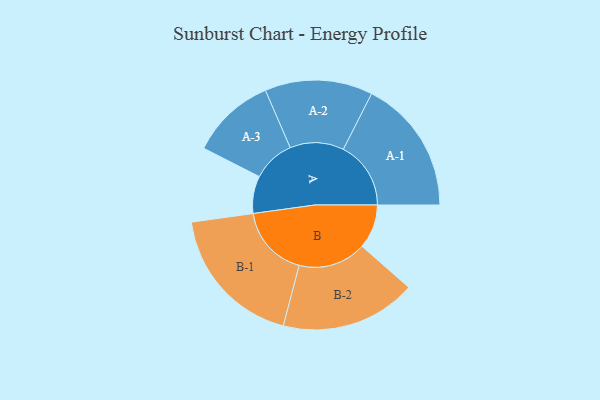
{"axis": {"x": "Segment", "y": "Value"}, "legend": ["", "A", "B"], "data": [{"x": "A", "y": 104, "type": ""}, {"x": "B", "y": 123, "type": ""}, {"x": "A-1", "y": 188, "type": "A"}, {"x": "A-2", "y": 150, "type": "A"}, {"x": "A-3", "y": 118, "type": "A"}, {"x": "B-1", "y": 201, "type": "B"}, {"x": "B-2", "y": 189, "type": "B"}]}